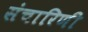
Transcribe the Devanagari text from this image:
संचारिणी